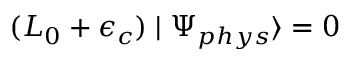
( L _ { 0 } + \epsilon _ { c } ) \mid \Psi _ { p h y s } \rangle = 0